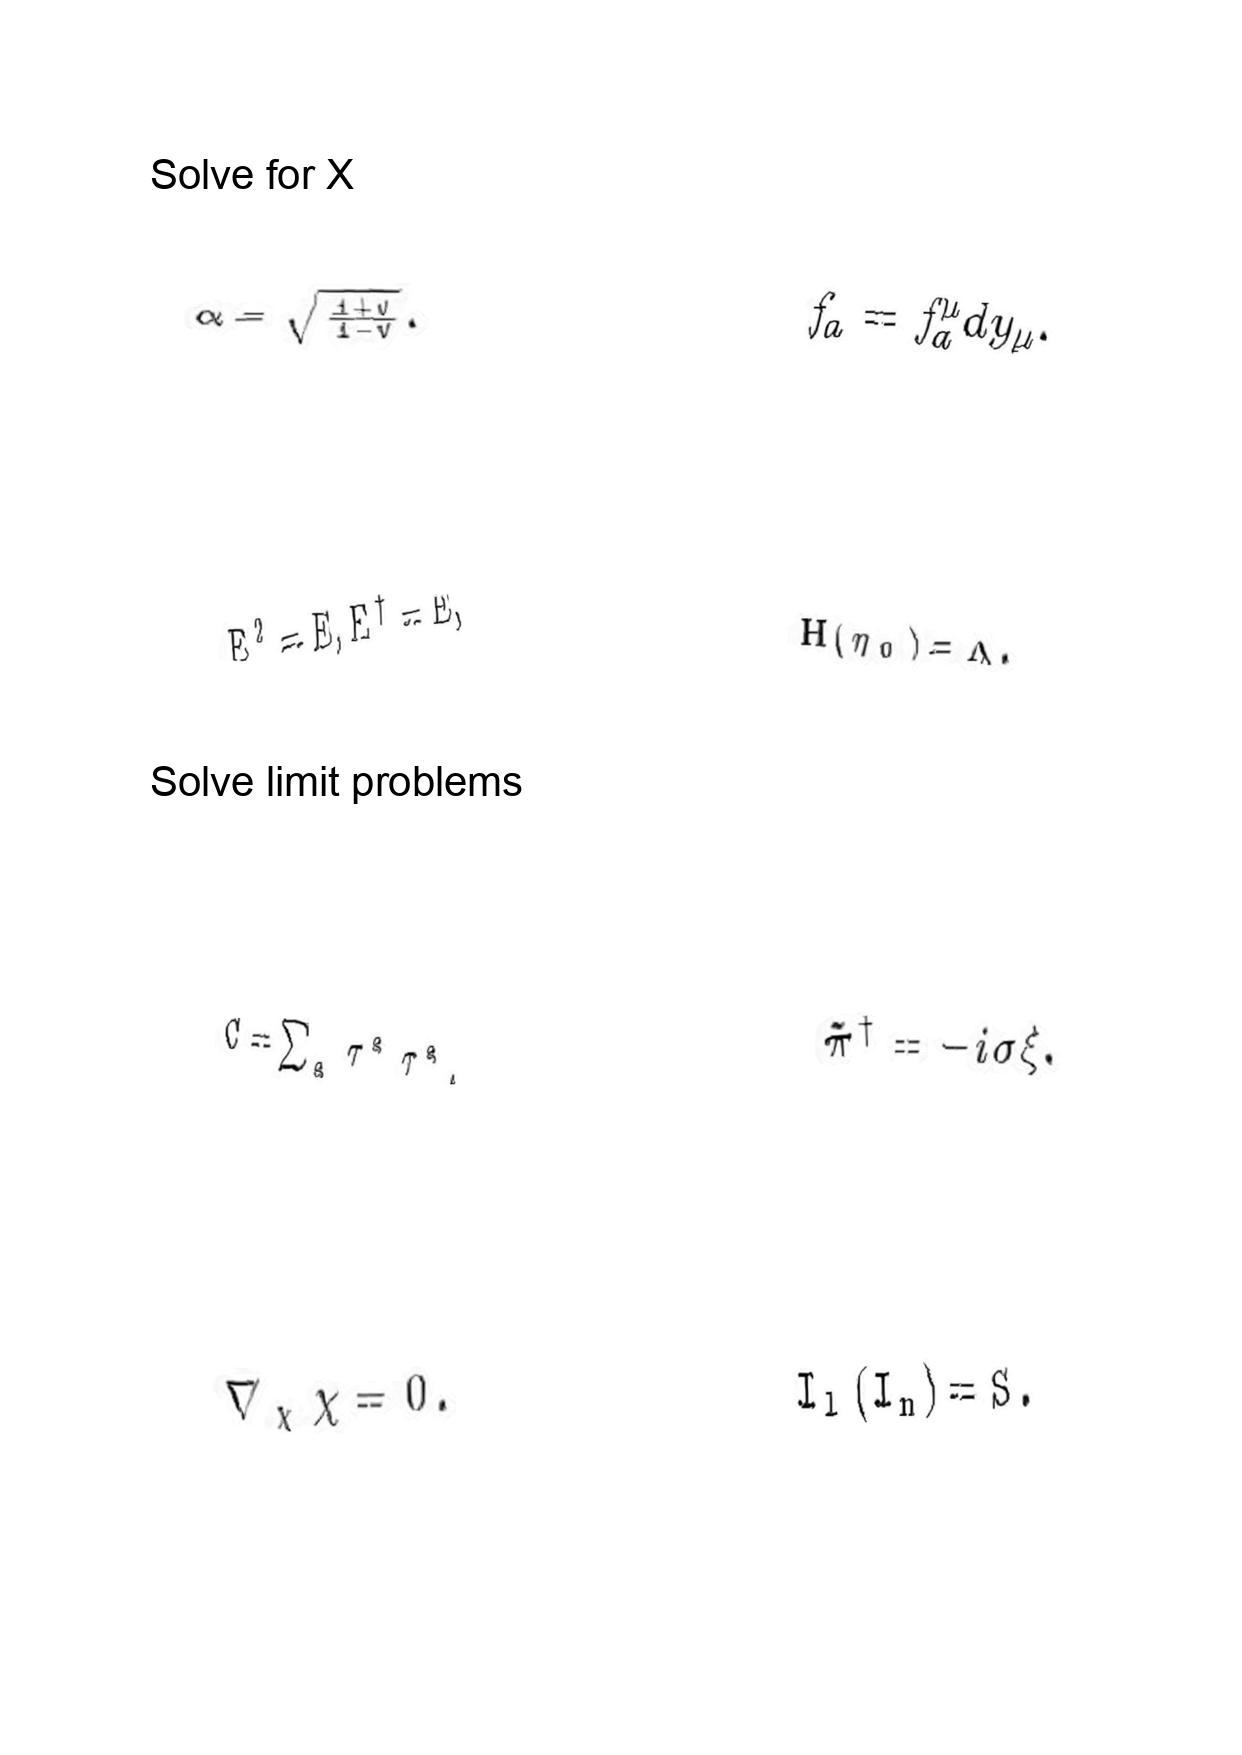
LaTeX transcription:
\alpha = \sqrt { \frac { 1 + v } { 1 - v } } .
E ^ { 2 } = E , E ^ { \dagger } = E ,
C = \sum _ { a } \tau ^ { a } \tau ^ { a } ,
\nabla _ { \chi } \chi = 0 .
f _ { a } = f _ { a } ^ { \mu } d y _ { \mu } .
H \lparen \eta _ { 0 } \rparen = \Lambda .
\tilde { \pi } ^ { \dagger } = - i \sigma \xi .
I _ { l } \lparen I _ { n } \rparen = S .